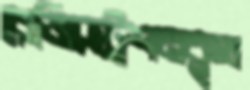
রেজিস্ট্রেশনকৃত